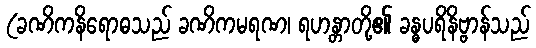
(ခဏိကနိရောဓသည် ခဏိကမရဏ၊ ရဟန္တာတို့၏ ခန္ဓပရိနိဗ္ဗာန်သည်